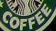
COFFEE